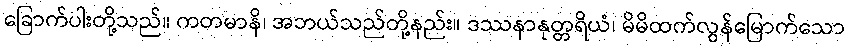
ခြောက်ပါးတို့သည်။ ကတမာနိ၊ အဘယ်သည်တို့နည်း။ ဒဿနာနုတ္တရိယံ၊ မိမိထက်လွန်မြောက်သော